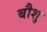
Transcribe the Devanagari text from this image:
बौशु